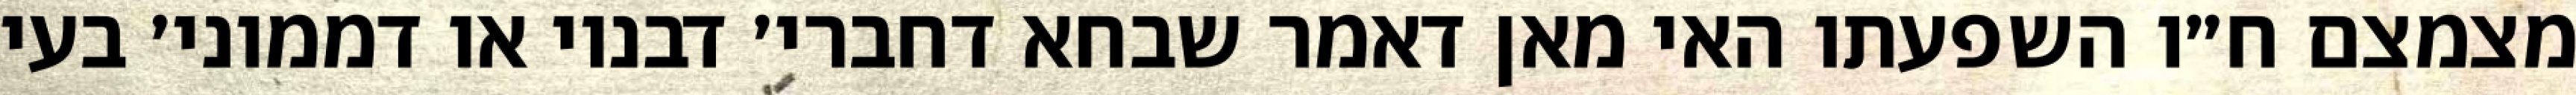
מצמצם ח״ו השפעתו האי מאן דאמר שבחא דחברי׳ דבנוי או דממוני׳ בעי